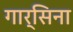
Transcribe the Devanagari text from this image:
गार्सिना